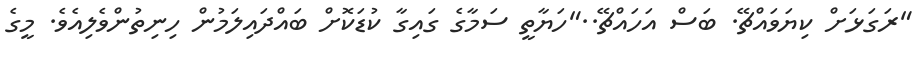
"ރަގަޅަށް ކިޔަވައްޗޭ. ބަސް އަހައްޗޭ.."ހަޔާތީ ސަމާގެ ގައިގާ ކުޑަކޮށް ބައްދައިލަމުން ހިނިތުންވެލިއެވެ. މީގެ